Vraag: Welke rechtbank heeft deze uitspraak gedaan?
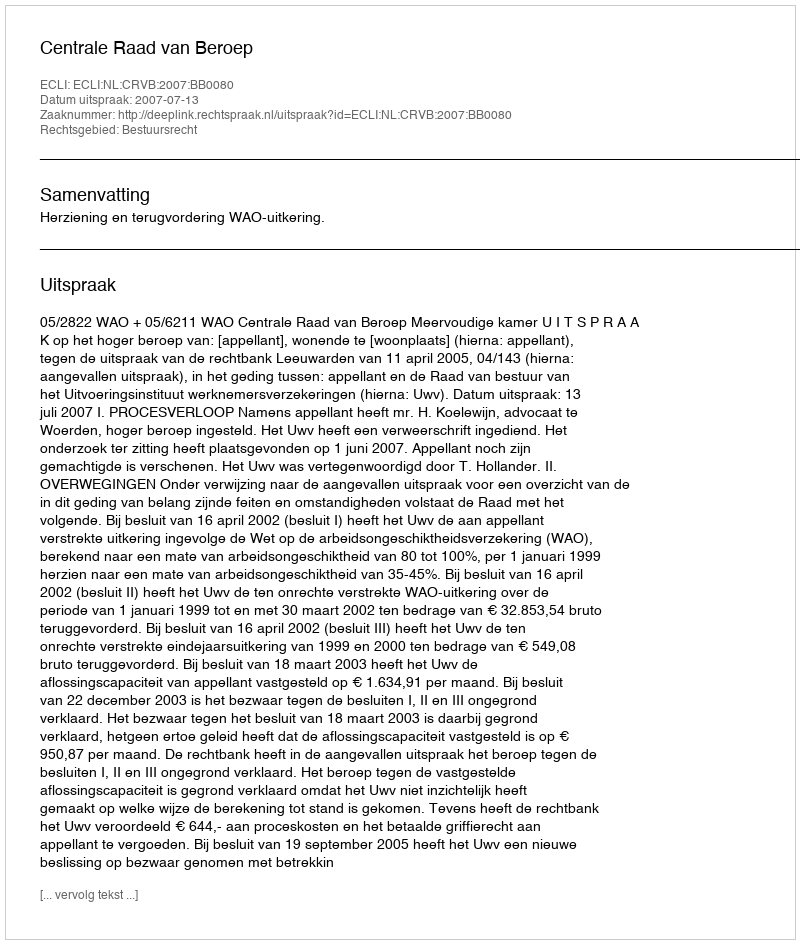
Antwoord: Centrale Raad van Beroep